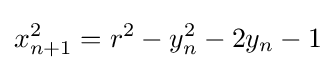
{\begin{aligned}x_{n+1}^{2}=r^{2}-y_{n}^{2}-2y_{n}-1\end{aligned}}